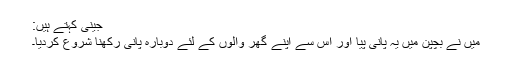
جینی کہتے ہیں:
میں نے بچپن میں یہ پانی پیا اور اس سے اپنے گھر والوں کے لئے دوبارہ پانی رکھنا شروع کردیا۔